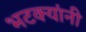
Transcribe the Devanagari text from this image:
भटक्यांनी